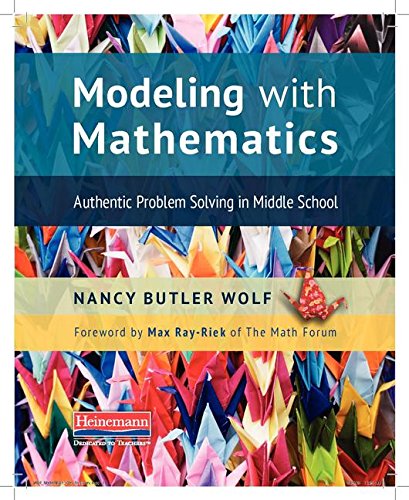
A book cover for Modeling with Mathematics: Authentic Problem Solving in Middle School; Nancy Butler Wolf; Science & Math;